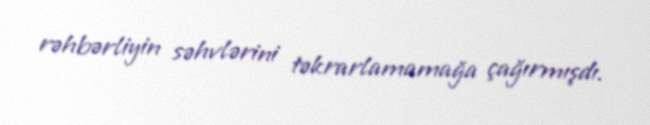
rəhbərliyin səhvlərini təkrarlamamağa çağırmışdı.